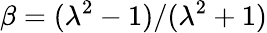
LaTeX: \beta=(\lambda^{2}-1)/(\lambda^{2}+1)